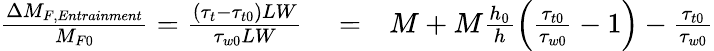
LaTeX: \begin{array}{rlr}{\frac{\Delta M_{F,Entrainment}}{M_{F0}}=\frac{(\tau_{t}-\tau_{t0})LW}{\tau_{w0}LW}}&{{}=}&{M+M\frac{h_{0}}{h}\left(\frac{\tau_{t0}}{\tau_{w0}}-1\right)-\frac{\tau_{t0}}{\tau_{w0}}}\end{array}